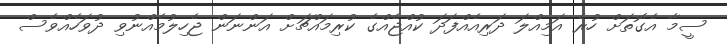
ސީމާ އެގޮތަށް ހުރެ އަމިއްލަ ދަރިއެއްފަދަ ކުއްޖެއްގެ ކުރިމައްޗަށް އަންނަން ޖެހިލުމެއްނުވި ދުވަހެއްވެސް